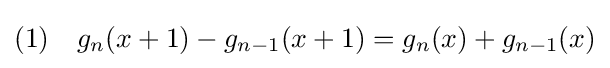
\displaystyle (1)\quad g_{n}(x+1)-g_{n-1}(x+1)=g_{n}(x)+g_{n-1}(x)